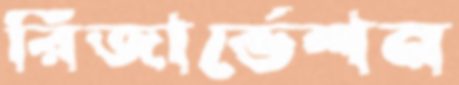
রিজার্ভেশন